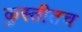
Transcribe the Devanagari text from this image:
कुस्तीतच